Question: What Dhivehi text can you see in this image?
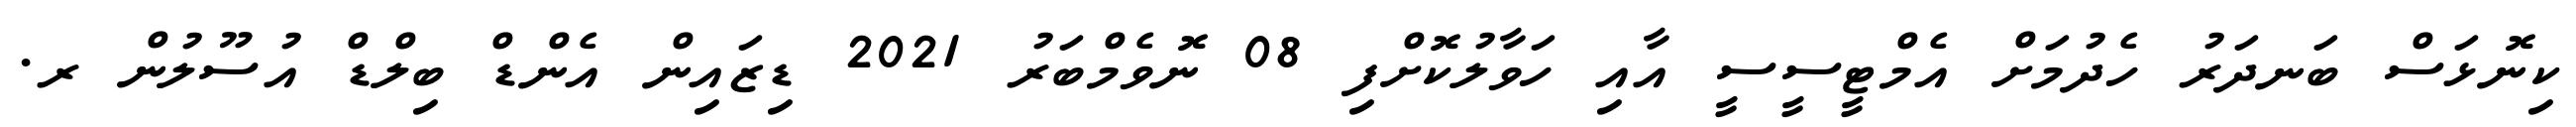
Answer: ކިނޮޅަސް ބަނދަރު ހެދުމަށް އެމްޓީސީސީ އާއި ހަވާލުކޮށްފި 08 ނޮވެމްބަރު 2021 ޑިޒައިން އެންޑް ބިލްޑް އުސޫލުން ރ.